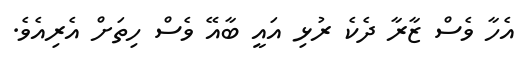
އެހާ ވެސް ޒާރާ ދެކެ ރުޅި އައީ ބާއޭ ވެސް ހިތަށް އެރިއެވެ.